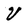
Character: V